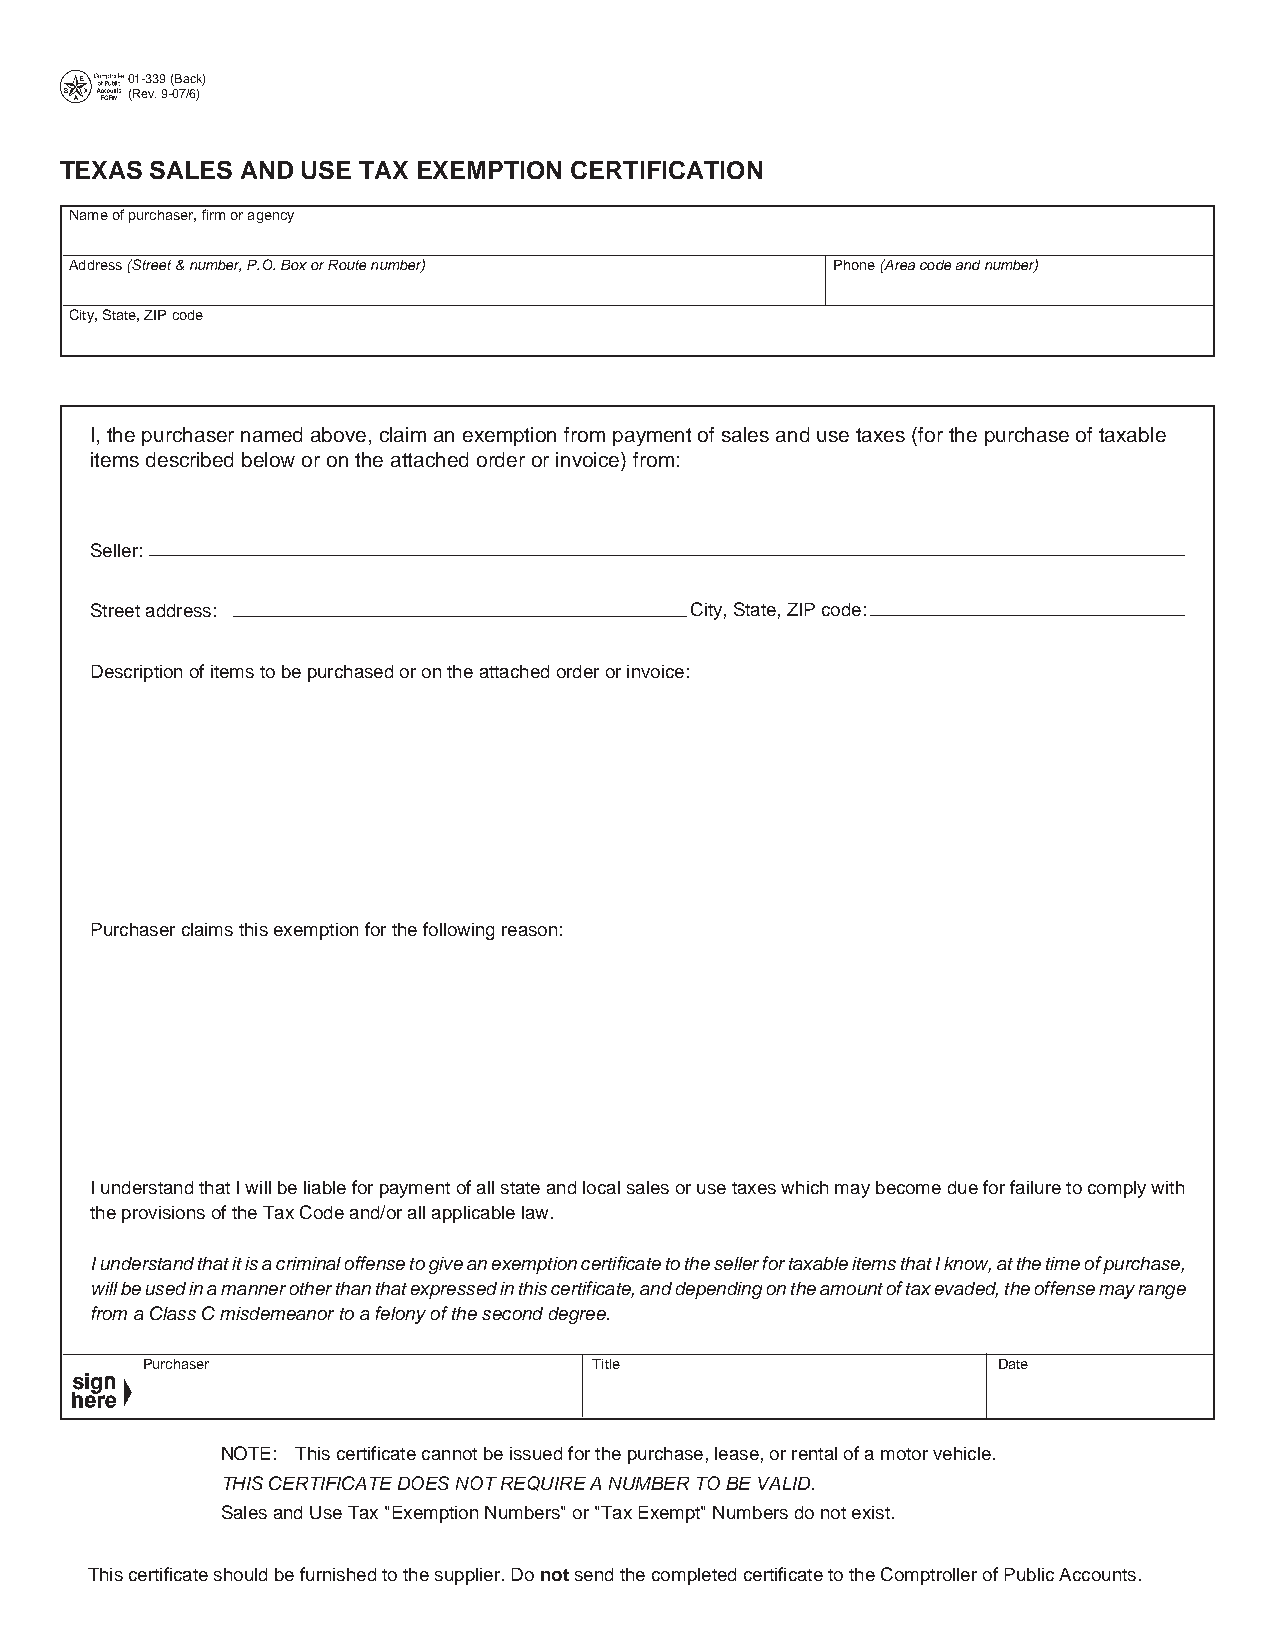
01-339 (Back)
 (Rev. 9-07/6)
 TEXAS SALES AND USE TAX EXEMPTION CERTIFICATION
 Name of purchaser, firm or agency
 Address (Street & number, P.O. Box or Route number) Phone (Area code and number)
 City, State, ZIP code
 I, the purchaser named above, claim an exemption from payment of sales and use taxes (for the purchase of taxable
 items described below or on the attached order or invoice) from:
 Seller:
 Street address:                         City, State, ZIP code:
 Description of items to be purchased or on the attached order or invoice:
 Purchaser claims this exemption for the following reason:
 I understand that I will be liable for payment of all state and local sales or use taxes which may become due for failure to comply with
 the provisions of the Tax Code and/or all applicable law.
 I understand that it is a criminal offense to give an exemption certificate to the seller for taxable items that I know, at the time of purchase,
 will be used in a manner other than that expressed in this certificate, and depending on the amount of tax evaded, the offense may range
 from a Class C misdemeanor to a felony of the second degree.
 Purchaser                     Title                      Date
 NOTE: This certificate cannot be issued for the purchase, lease, or rental of a motor vehicle.
 THIS CERTIFICATE DOES NOT REQUIRE A NUMBER TO BE VALID.
 Sales and Use Tax "Exemption Numbers" or "Tax Exempt" Numbers do not exist.
 This certificate should be furnished to the supplier. Do not send the completed certificate to the Comptroller of Public Accounts.